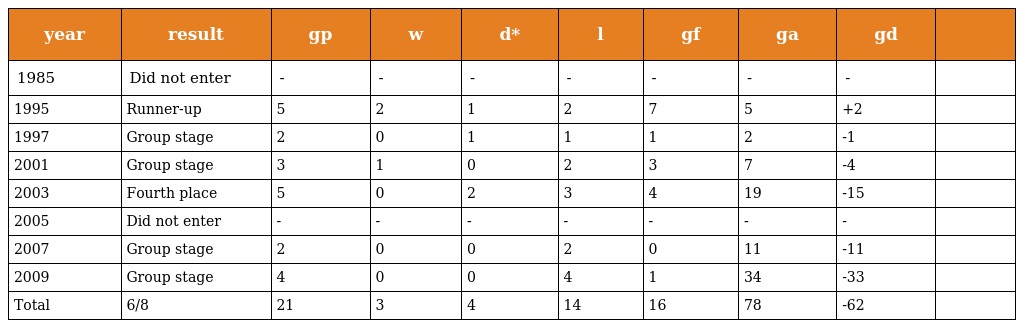
| year | result | gp | w | d* | l | gf | ga | gd |  |
 | --- | --- | --- | --- | --- | --- | --- | --- | --- | --- |
 | 1985 | Did not enter | - | - | - | - | - | - | - |  |
 | 1995 | Runner-up | 5 | 2 | 1 | 2 | 7 | 5 | +2 |  |
 | 1997 | Group stage | 2 | 0 | 1 | 1 | 1 | 2 | -1 |  |
 | 2001 | Group stage | 3 | 1 | 0 | 2 | 3 | 7 | -4 |  |
 | 2003 | Fourth place | 5 | 0 | 2 | 3 | 4 | 19 | -15 |  |
 | 2005 | Did not enter | - | - | - | - | - | - | - |  |
 | 2007 | Group stage | 2 | 0 | 0 | 2 | 0 | 11 | -11 |  |
 | 2009 | Group stage | 4 | 0 | 0 | 4 | 1 | 34 | -33 |  |
 | Total | 6/8 | 21 | 3 | 4 | 14 | 16 | 78 | -62 |  |